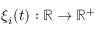
\xi _ { i } ( t ) : \mathbb { R } \to \mathbb { R } ^ { + }